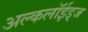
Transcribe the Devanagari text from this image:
अल्कलॉईड्‌ज